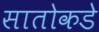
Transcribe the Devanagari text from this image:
सातोकडे